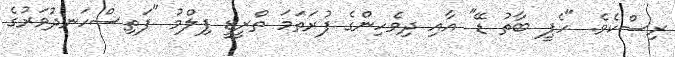
ރިސްކެވެ. "ހެޕީ ބާތު ޑޭ" އާއި ދިވެހިންގެ ފުރަތަމަ ތްރީޑީ ފިލްމު "ފަތިސްހަނދުވަރުގެ